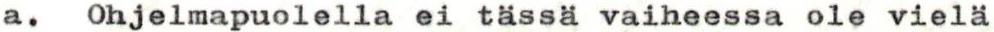
a. Ohjelmapuolella ei tässä vaiheessa ole vielä